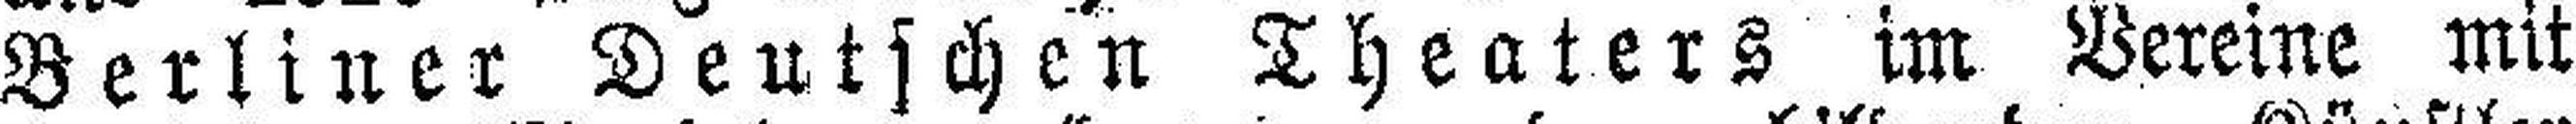
Berliner Deutschen Theaters im Vereine mit